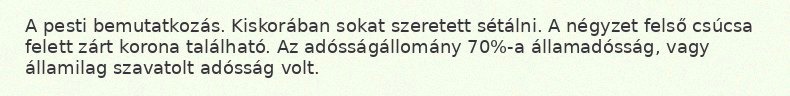
A pesti bemutatkozás. Kiskorában sokat szeretett sétálni. A négyzet felső csúcsa felett zárt korona található. Az adósságállomány 70%-a államadósság, vagy államilag szavatolt adósság volt.